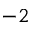
^ { - 2 }